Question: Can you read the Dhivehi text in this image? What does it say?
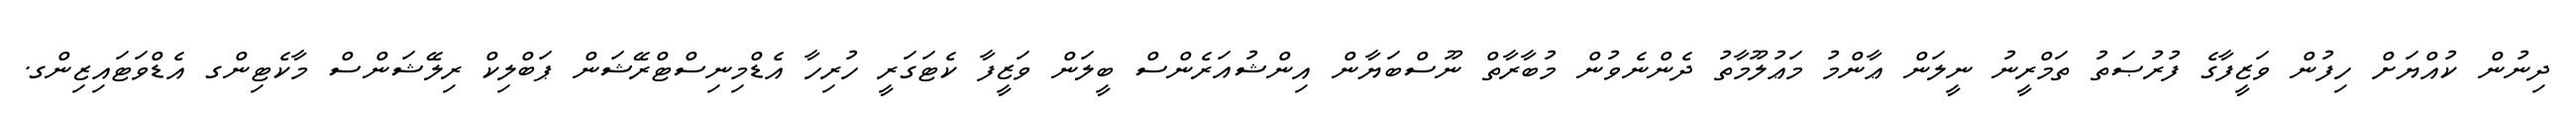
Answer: ދިނުން ކުއްޔަށް ހިފުން ވަޒީފާގެ ފުރުޞަތު ތަމްރީނު ނީލަން ޢާންމު މަޢުލޫމާތު ދެންނެވުން މުބާރާތް ނޫސްބަޔާން އިންޝުއަރެންސް ބީލަން ވަޒީފާ ކެޓަގަރީ ހުރިހާ އެޑްމިނިސްޓްރޭޝަން ޕަބްލިކް ރިލޭޝަންސް މާކެޓިންގ އެޑްވަޓައިޒިންގ.